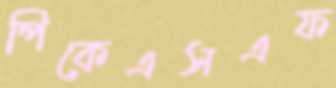
পিকেএসএফ